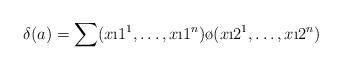
LaTeX: \begin{align*}\delta (a) = \sum (x\i1^1,\dots, x\i1^n)\o(x\i2^1,\dots, x\i2^n)\end{align*}